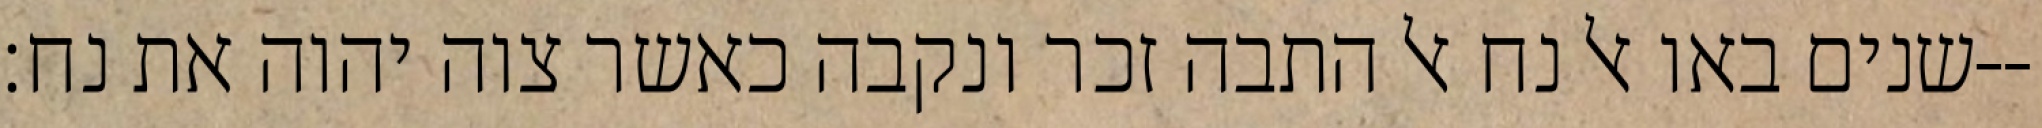
שנים באו אל נח אל התבה זכר ונקבה כאשר צוה יהוה את נח׃--